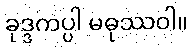
ခုဒ္ဒကပ္ပါ မဓုဿဝါ။